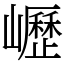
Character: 㠣